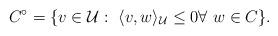
LaTeX: \begin{align*}C^\circ = \{v\in \mathcal{U} :\ \langle v, w\rangle_{\mathcal{U}}\leq 0\forall\ w\in C\}.\end{align*}